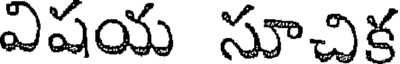
విషయ సూచిక